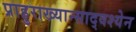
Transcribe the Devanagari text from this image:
प्राहुराख्यान्साद्वश्येन